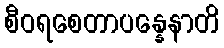
စီဝရစေတာပန္နေနာတိ